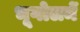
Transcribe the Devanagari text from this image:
भूगोलमें